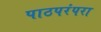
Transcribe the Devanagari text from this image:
पाठपरंपरा